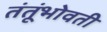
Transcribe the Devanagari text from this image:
तंतूंभोवती